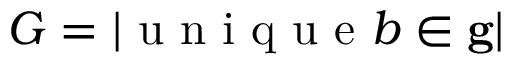
G = | \mathrm { ~ u ~ n ~ i ~ q ~ u ~ e ~ } b \in { \bf g } |